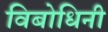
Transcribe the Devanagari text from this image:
विबोधिनी